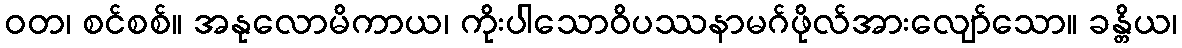
ဝတ၊ စင်စစ်။ အနုလောမိကာယ၊ ကိုးပါသောဝိပဿနာမဂ်ဖိုလ်အားလျော်သော။ ခန္တိယ၊